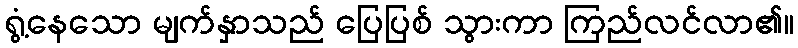
ရွံ့နေသော မျက်နှာသည် ပြေပြစ် သွားကာ ကြည်လင်လာ၏။